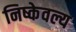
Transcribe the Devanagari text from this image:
निष्केवल्य